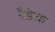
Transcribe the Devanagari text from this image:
रैडेक